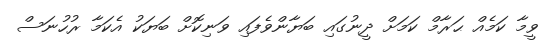
ވީމާ ކަމެއް ޙަރާމް ކަމަށް ދީނުގައި ބަޔާންވެފައި ވަނިކޮށް ބަޔަކު އެކަމާ ރުހުނަސް